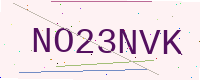
Text: NO23NVK